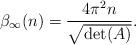
LaTeX: \begin{align*}\beta_{\infty}(n) = \frac{4 \pi^{2} n}{\sqrt{\det(A)}}.\end{align*}